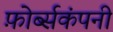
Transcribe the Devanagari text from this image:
फ़ोर्ब्सकंपनी